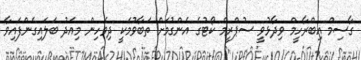
ގާސިމް އިބްރާހީމް ވިދާޅުވީ ސުޕްރީމް ކޯޓުގެ އެންގުމަށް ތަބާވުމަކީ ދިވެހިން މިއަދު ބަލައިގެންފައިވާ